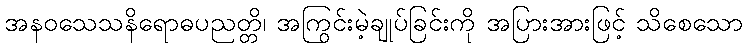
အနဝသေသနိရောဓပညတ္တိ၊ အကြွင်းမဲ့ချုပ်ခြင်းကို အပြားအားဖြင့် သိစေသော